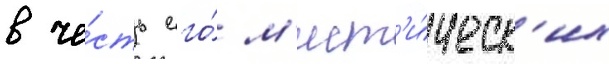
в че́сть его́ м'ист'и́ческ'их